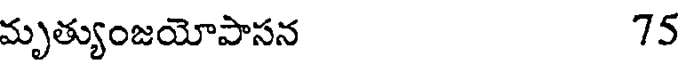
మృత్యుంజయోపాసన 75